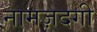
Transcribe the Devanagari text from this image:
नामज़दगी